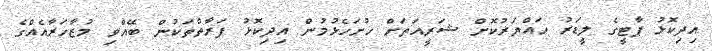
އިދިކޮޅު ޕާޓީގެ ލީޑަރު ހައްޔަރުކޮށް ޝަރީއަތަށް ހުށަހެޅުމުން އިދިކޮޅު ފަރާތްތަކުން ބޭއްވި މުޒާހަރާއެއްގެ